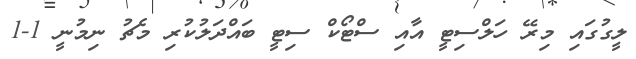
ލީގުގައި މިރޭ ހަލްސިޓީ އާއި ސްޓޯކް ސިޓީ ބައްދަލުކުރި މެޗު ނިމުނީ 1-1